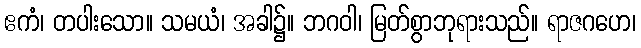
ဧကံ၊ တပါးသော။ သမယံ၊ အခါ၌။ ဘဂဝါ၊ မြတ်စွာဘုရားသည်။ ရာဇဂဟေ၊